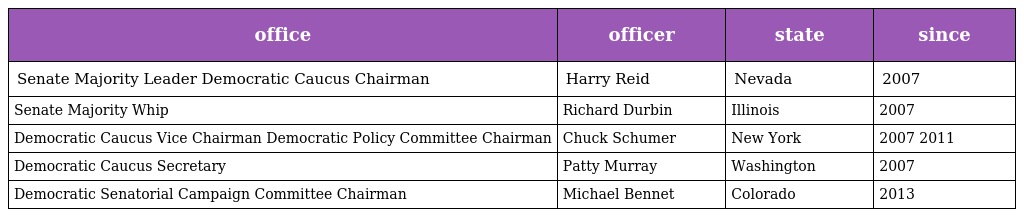
| office | officer | state | since |
 | --- | --- | --- | --- |
 | Senate Majority Leader Democratic Caucus Chairman | Harry Reid | Nevada | 2007 |
 | Senate Majority Whip | Richard Durbin | Illinois | 2007 |
 | Democratic Caucus Vice Chairman Democratic Policy Committee Chairman | Chuck Schumer | New York | 2007 2011 |
 | Democratic Caucus Secretary | Patty Murray | Washington | 2007 |
 | Democratic Senatorial Campaign Committee Chairman | Michael Bennet | Colorado | 2013 |